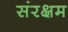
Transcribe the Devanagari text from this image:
संरक्षम